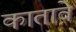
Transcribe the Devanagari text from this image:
कातावे